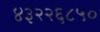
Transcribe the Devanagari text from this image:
४३२२६८५०